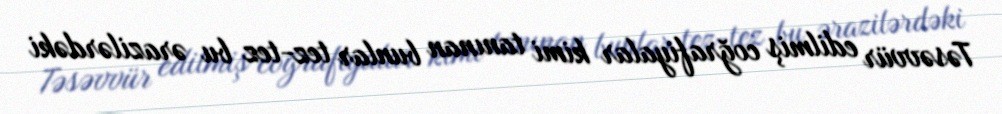
Təsəvvür edilmiş coğrafiyalar kimi tanınan bunlar tez-tez bu ərazilərdəki